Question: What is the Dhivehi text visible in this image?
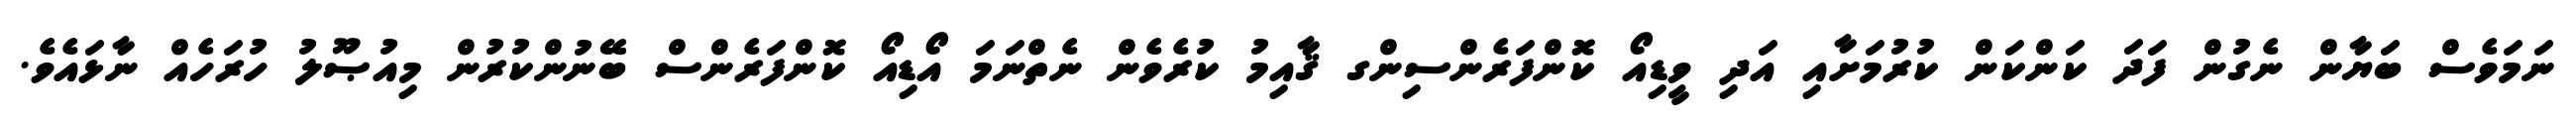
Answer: ނަމަވެސް ބަޔާން ނެގުން ފަދަ ކަންކަން ކުރުމަށާއި އަދި ވީޑިއޯ ކޮންފަރެންސިންގ ޤާއިމު ކުރެވެން ނެތްނަމަ އޯޑިއޯ ކޮންފަރެންސް ބޭނުންކުރުން މިއުޞޫލު ހުރަހެއް ނާޅައެވެ.